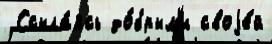
 Ссыла́ясь до́брым'и своjе́й